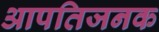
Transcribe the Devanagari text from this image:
आपतिजनक